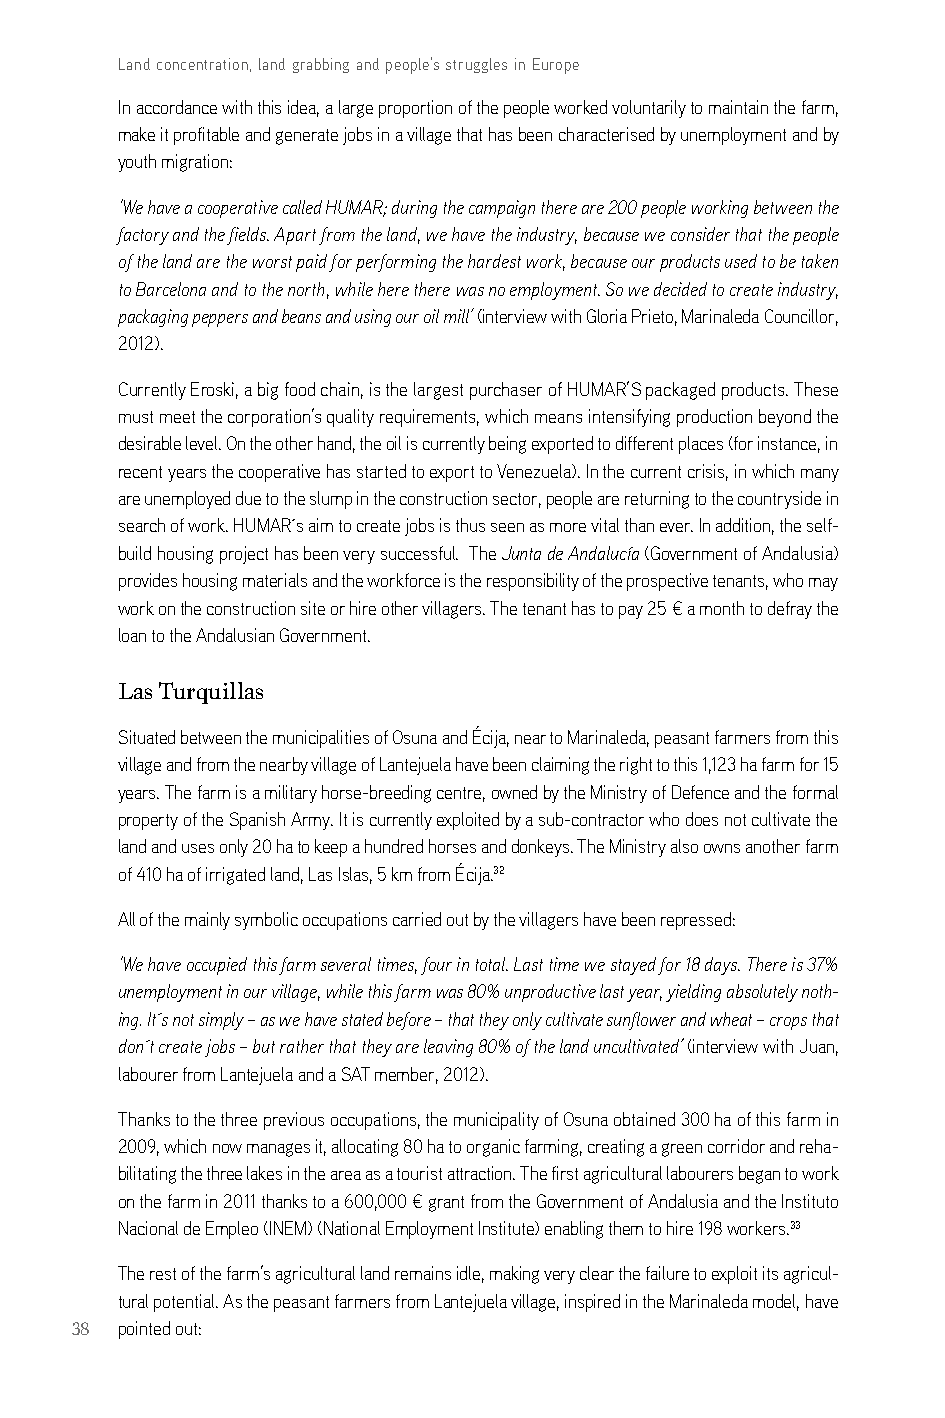
Land concentration, land grabbing and people’s struggles in Europe
 in accordance with this idea, a large proportion of the people worked voluntarily to maintain the farm,
 make it profitable and generate jobs in a village that has been characterised by unemployment and by
 youth migration:
 ‘We have a cooperative called HUMAR; during the campaign there are 200 people working between the
 factory and the fields. Apart from the land, we have the industry, because we consider that the people
 of the land are the worst paid for performing the hardest work, because our products used to be taken
 to Barcelona and to the north, while here there was no employment. So we decided to create industry,
 packaging peppers and beans and using our oil mill’ (interview with gloria Prieto, Marinaleda councillor,
 2012).
 currently eroski, a big food chain, is the largest purchaser of HUMar’s packaged products. These
 must meet the corporation’s quality requirements, which means intensifying production beyond the
 desirable level. on the other hand, the oil is currently being exported to different places (for instance, in
 recent years the cooperative has started to export to Venezuela). in the current crisis, in which many
 are unemployed due to the slump in the construction sector, people are returning to the countryside in
 search of work. HUMar´s aim to create jobs is thus seen as more vital than ever. in addition, the self-
 build housing project has been very successful. The Junta de Andalucía (government of andalusia)
 provides housing materials and the workforce is the responsibility of the prospective tenants, who may
 work on the construction site or hire other villagers. The tenant has to pay 25 € a month to defray the
 loan to the andalusian government.
 Las Turquillas
 situated between the municipalities of osuna and Écija, near to Marinaleda, peasant farmers from this
 village and from the nearby village of lantejuela have been claiming the right to this 1,123 ha farm for 15
 years. The farm is a military horse-breeding centre, owned by the Ministry of defence and the formal
 property of the spanish army. it is currently exploited by a sub-contractor who does not cultivate the
 land and uses only 20 ha to keep a hundred horses and donkeys. The Ministry also owns another farm
 of 410 ha of irrigated land, las islas, 5 km from Écija.32
 all of the mainly symbolic occupations carried out by the villagers have been repressed:
 ‘We have occupied this farm several times, four in total. Last time we stayed for 18 days. There is 37%
 unemployment in our village, while this farm was 80% unproductive last year, yielding absolutely noth-
 ing. It´s not simply – as we have stated before – that they only cultivate sunflower and wheat – crops that
 don´t create jobs – but rather that they are leaving 80% of the land uncultivated’ (interview with Juan,
 labourer from lantejuela and a saT member, 2012).
 Thanks to the three previous occupations, the municipality of osuna obtained 300 ha of this farm in
 2009, which now manages it, allocating 80 ha to organic farming, creating a green corridor and reha-
 bilitating the three lakes in the area as a tourist attraction. The first agricultural labourers began to work
 on the farm in 2011 thanks to a 600,000 € grant from the government of andalusia and the instituto
 nacional de empleo (ineM) (national employment institute) enabling them to hire 198 workers.33
 The rest of the farm’s agricultural land remains idle, making very clear the failure to exploit its agricul-
 tural potential. as the peasant farmers from lantejuela village, inspired in the Marinaleda model, have
 38 pointed out: